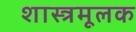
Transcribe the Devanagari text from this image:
शास्त्रमूलक